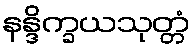
နန္ဒိက္ခယသုတ္တံ